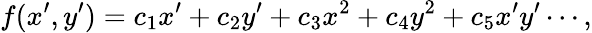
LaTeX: f(x^{\prime},y^{\prime})=c_{1}x^{\prime}+c_{2}y^{\prime}+c_{3}x^{2}+c_{4}y^{2}+c_{5}x^{\prime}y^{\prime}\cdots,